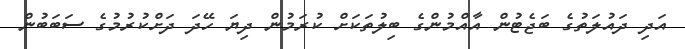
އަދި ދައުލަތުގެ ބަޖެޓުން އާއްމުންގެ ބިލުތަކަށް ކުރަމުން ދިޔަ ހޭދަ ދަށްކުރުމުގެ ސަބަބުން